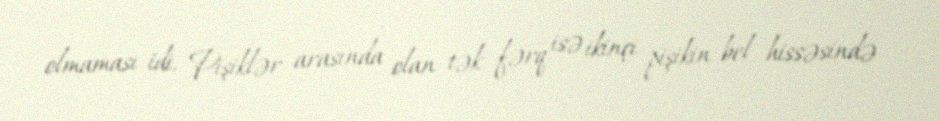
olmaması idi. Pişiklər arasında olan tək fərq isə ikinçi pişikin bel hissəsində